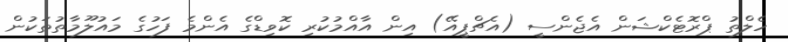
ހެލްތު ޕްރޮޓެކްޝަން އެޖެންސީ (އެޗްޕީއޭ) އިން އާއްމުކުރި ކޮވިޑްގެ އެންމެ ފަހުގެ މައުލޫމާތުތަކުން